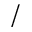
/